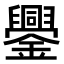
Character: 𨯜